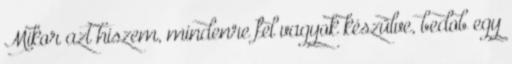
Mikor azt hiszem, mindenre fel vagyok készülve, bedob egy